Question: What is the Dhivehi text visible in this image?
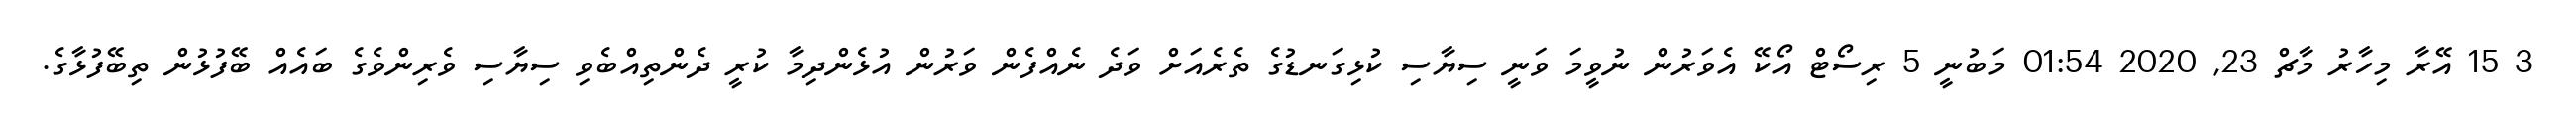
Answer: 3 15 އޭރާ މިހާރު މާޗް 23, 2020 01:54 މަބުނީ 5 ރިސޯޓް އޯކޭ އެވަރުން ނުވީމަ ވަނީ ސިޔާސި ކުޅިގަނޑުގެ ތެރެއަށް ވަދެ ނެއްފެން ވަރުން އުޅެންދިމާ ކުރީ ދެންތިއްބެވި ސިޔާސި ވެރިންވެގެ ބައެއް ބޭފުޅުން ތިބޭފުޅާގެ.